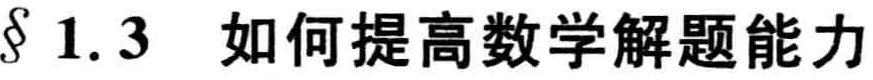
$\S 1.3$ 如何提高数学解题能力